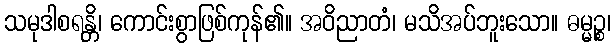
သမုဒါစရန္တိ၊ ကောင်းစွာဖြစ်ကုန်၏။ အဝိညာတံ၊ မသိအပ်ဘူးသော။ ဓမ္မဉ္စ၊